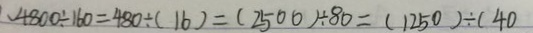
、 4 8 0 0 \div 1 6 0 = 4 8 0 \div ( 1 6 ) = ( 2 5 0 0 ) \div 8 0 = ( 1 2 5 0 ) \div ( 4 0